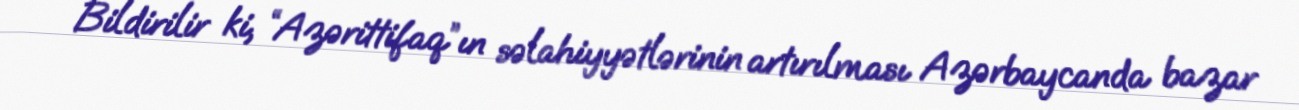
Bildirilir ki, “Azərittifaq”ın səlahiyyətlərinin artırılması Azərbaycanda bazar